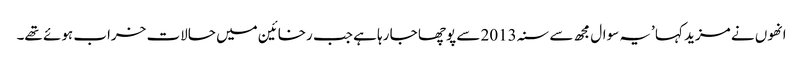
انھوں نے مزید کہا ’یہ سوال مجھ سے سنہ 2013 سے پوچھا جا رہا ہے جب رخائین میں حالات خراب ہوئے تھے۔